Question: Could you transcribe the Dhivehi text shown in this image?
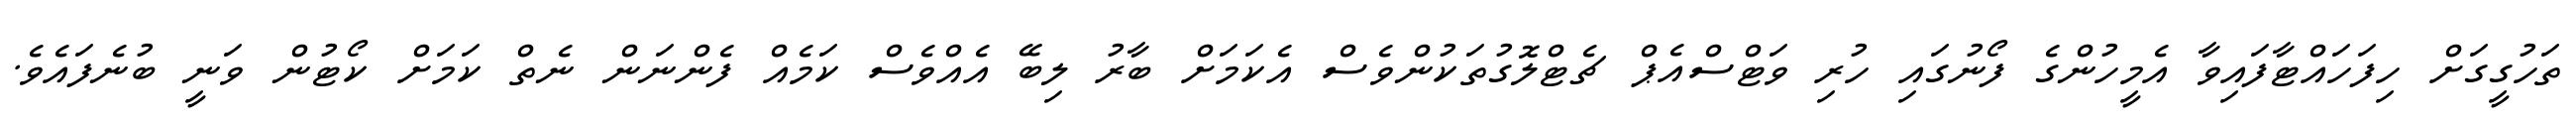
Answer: ތަހުގީގަށް ހިފަހައްޓާފައިވާ އެމީހުންގެ ފޯނުގައި ހުރި ވަޓްސްއެޕް ޗެޓްލޮގުތަކުންވެސް އެކަމަށް ބާރު ލިބޭ އެއްވެސް ކަމެއް ފެންނަން ނެތް ކަމަށް ކޯޓުން ވަނީ ބުނެފައެވެ.